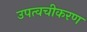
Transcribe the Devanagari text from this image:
उपत्वचीकरण